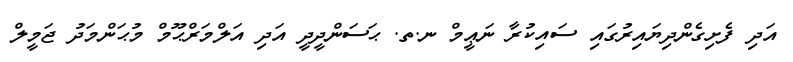
އަދި ފެށިގެންދިޔައިރުގައި ސައިކުރާ ނަޢީމް ނ.ތ. ޙަސަންދީދީ އަދި އަލްމަރްޙޫމް މުޙަންމަދު ޖަމީލް